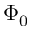
\Phi _ { 0 }